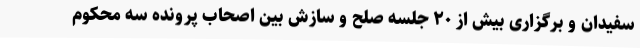
سفیدان و برگزاری بیش از ۲۰ جلسه صلح و سازش بین اصحاب پرونده سه محکوم